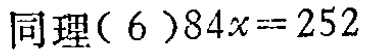
同理\((6)84x = 252\)